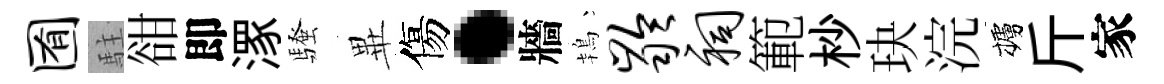
囿駐𧮳即潈騷𭺾傷·牆鴇龄祠範杪玦浣櫨斤家